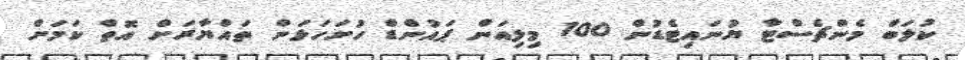
ކުލަބް މެންޗެސްޓާ ޔުނައިޓެޑުން 100 މިލިއަން ޕައުންޑް ހުށަހަޅަން ތައްޔާރަށް އޮތް ކަމަށް